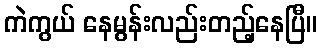
ကဲကွယ် နေမွန်းလည်းတည့်နေပြီ။